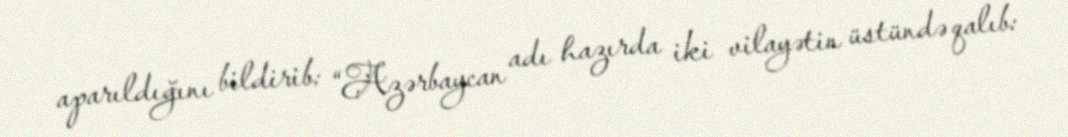
aparıldığını bildirib: “Azərbaycan adı hazırda iki vilayətin üstündə qalıb: